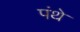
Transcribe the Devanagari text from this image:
पंथे